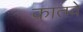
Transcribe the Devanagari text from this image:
कातवे